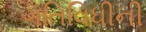
ગતિવિધીની